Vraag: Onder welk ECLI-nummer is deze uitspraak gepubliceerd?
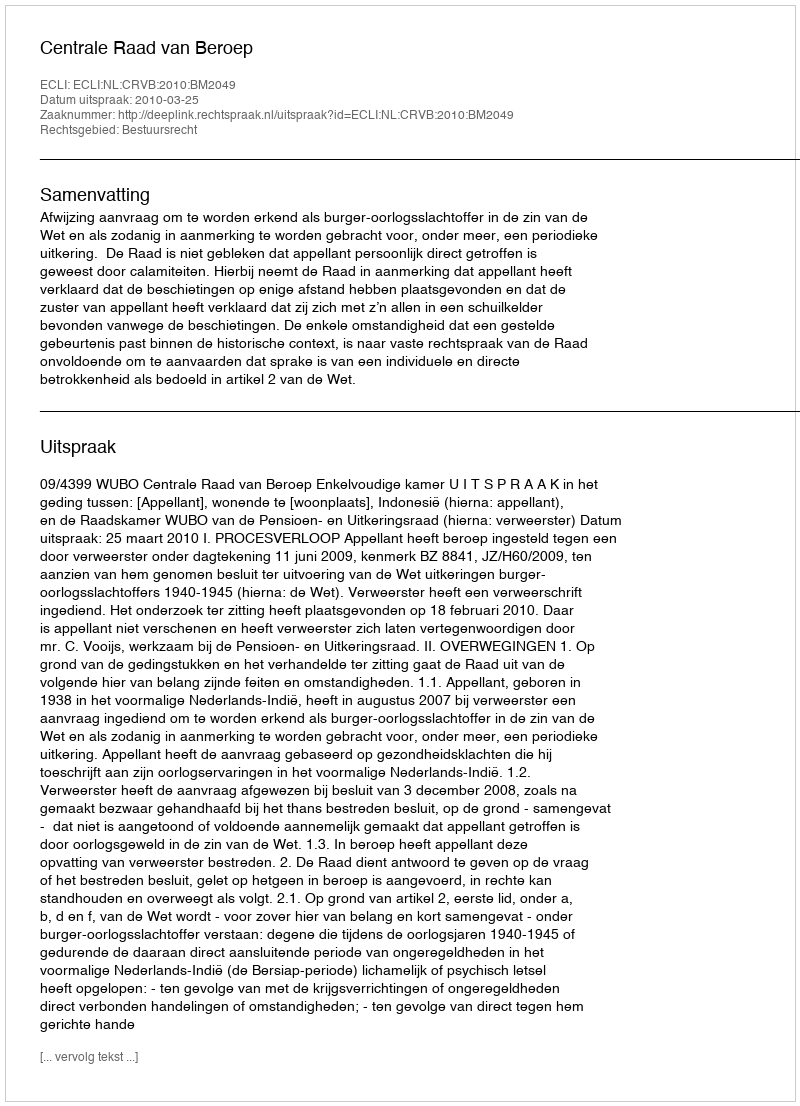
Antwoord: ECLI:NL:CRVB:2010:BM2049